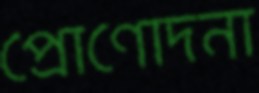
প্রোণোদনা